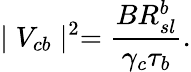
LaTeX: \mid V_{cb}\mid^{2}=\frac{BR_{sl}^{b}}{\gamma_{c}\tau_{b}}.